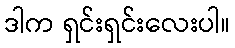
ဒါက ရှင်းရှင်းလေးပါ။